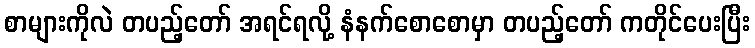
စာများကိုလဲ တပည့်တော် အရင်ရလို့ နံနက်စောစောမှာ တပည့်တော် ကတိုင်ပေးပြီး